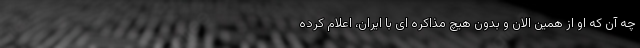
چه آن که او از همین الان و بدون هیچ مذاکره ای با ایران، اعلام کرده